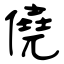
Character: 僥